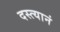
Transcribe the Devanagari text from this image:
दस्त्यानं